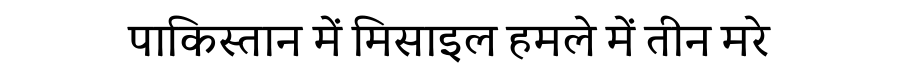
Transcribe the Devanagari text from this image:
पाकिस्तान में मिसाइल हमले में तीन मरे